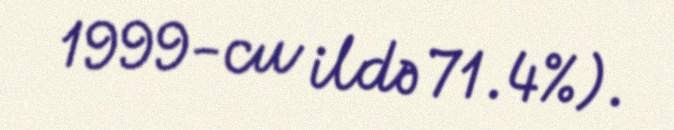
1999-cu ildə 71.4%).